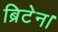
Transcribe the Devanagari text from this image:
ब्रिटेन।